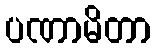
ပဏာမိတာ